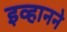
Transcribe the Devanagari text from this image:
इव्हानने